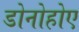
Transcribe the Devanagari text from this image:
डोनोहोए